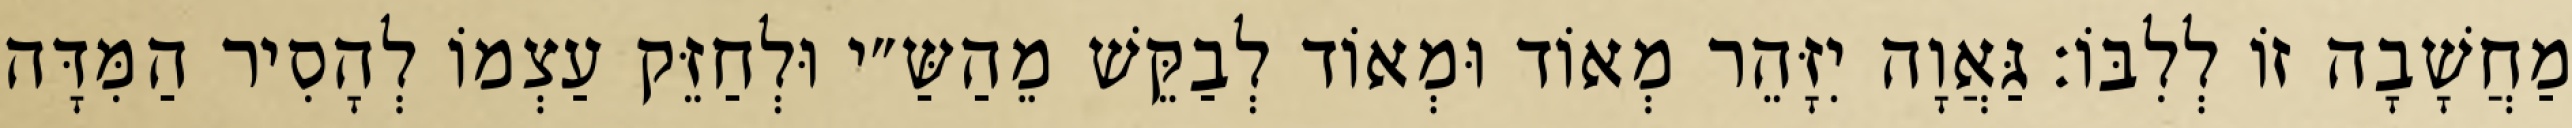
מַחֲשָׁבָה זוֹ לְלִבּוֹ: גַּאֲוָה יִזָּהֵר מְאוֹד וּמְאוֹד לְבַקֵּשׁ מֵהַשַּ״י וּלְחַזֵּק עַצְמוֹ לְהָסִיר הַמִּדָּה